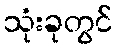
သုံးခုတွင်